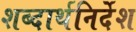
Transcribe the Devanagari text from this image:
शब्दार्थनिर्देश